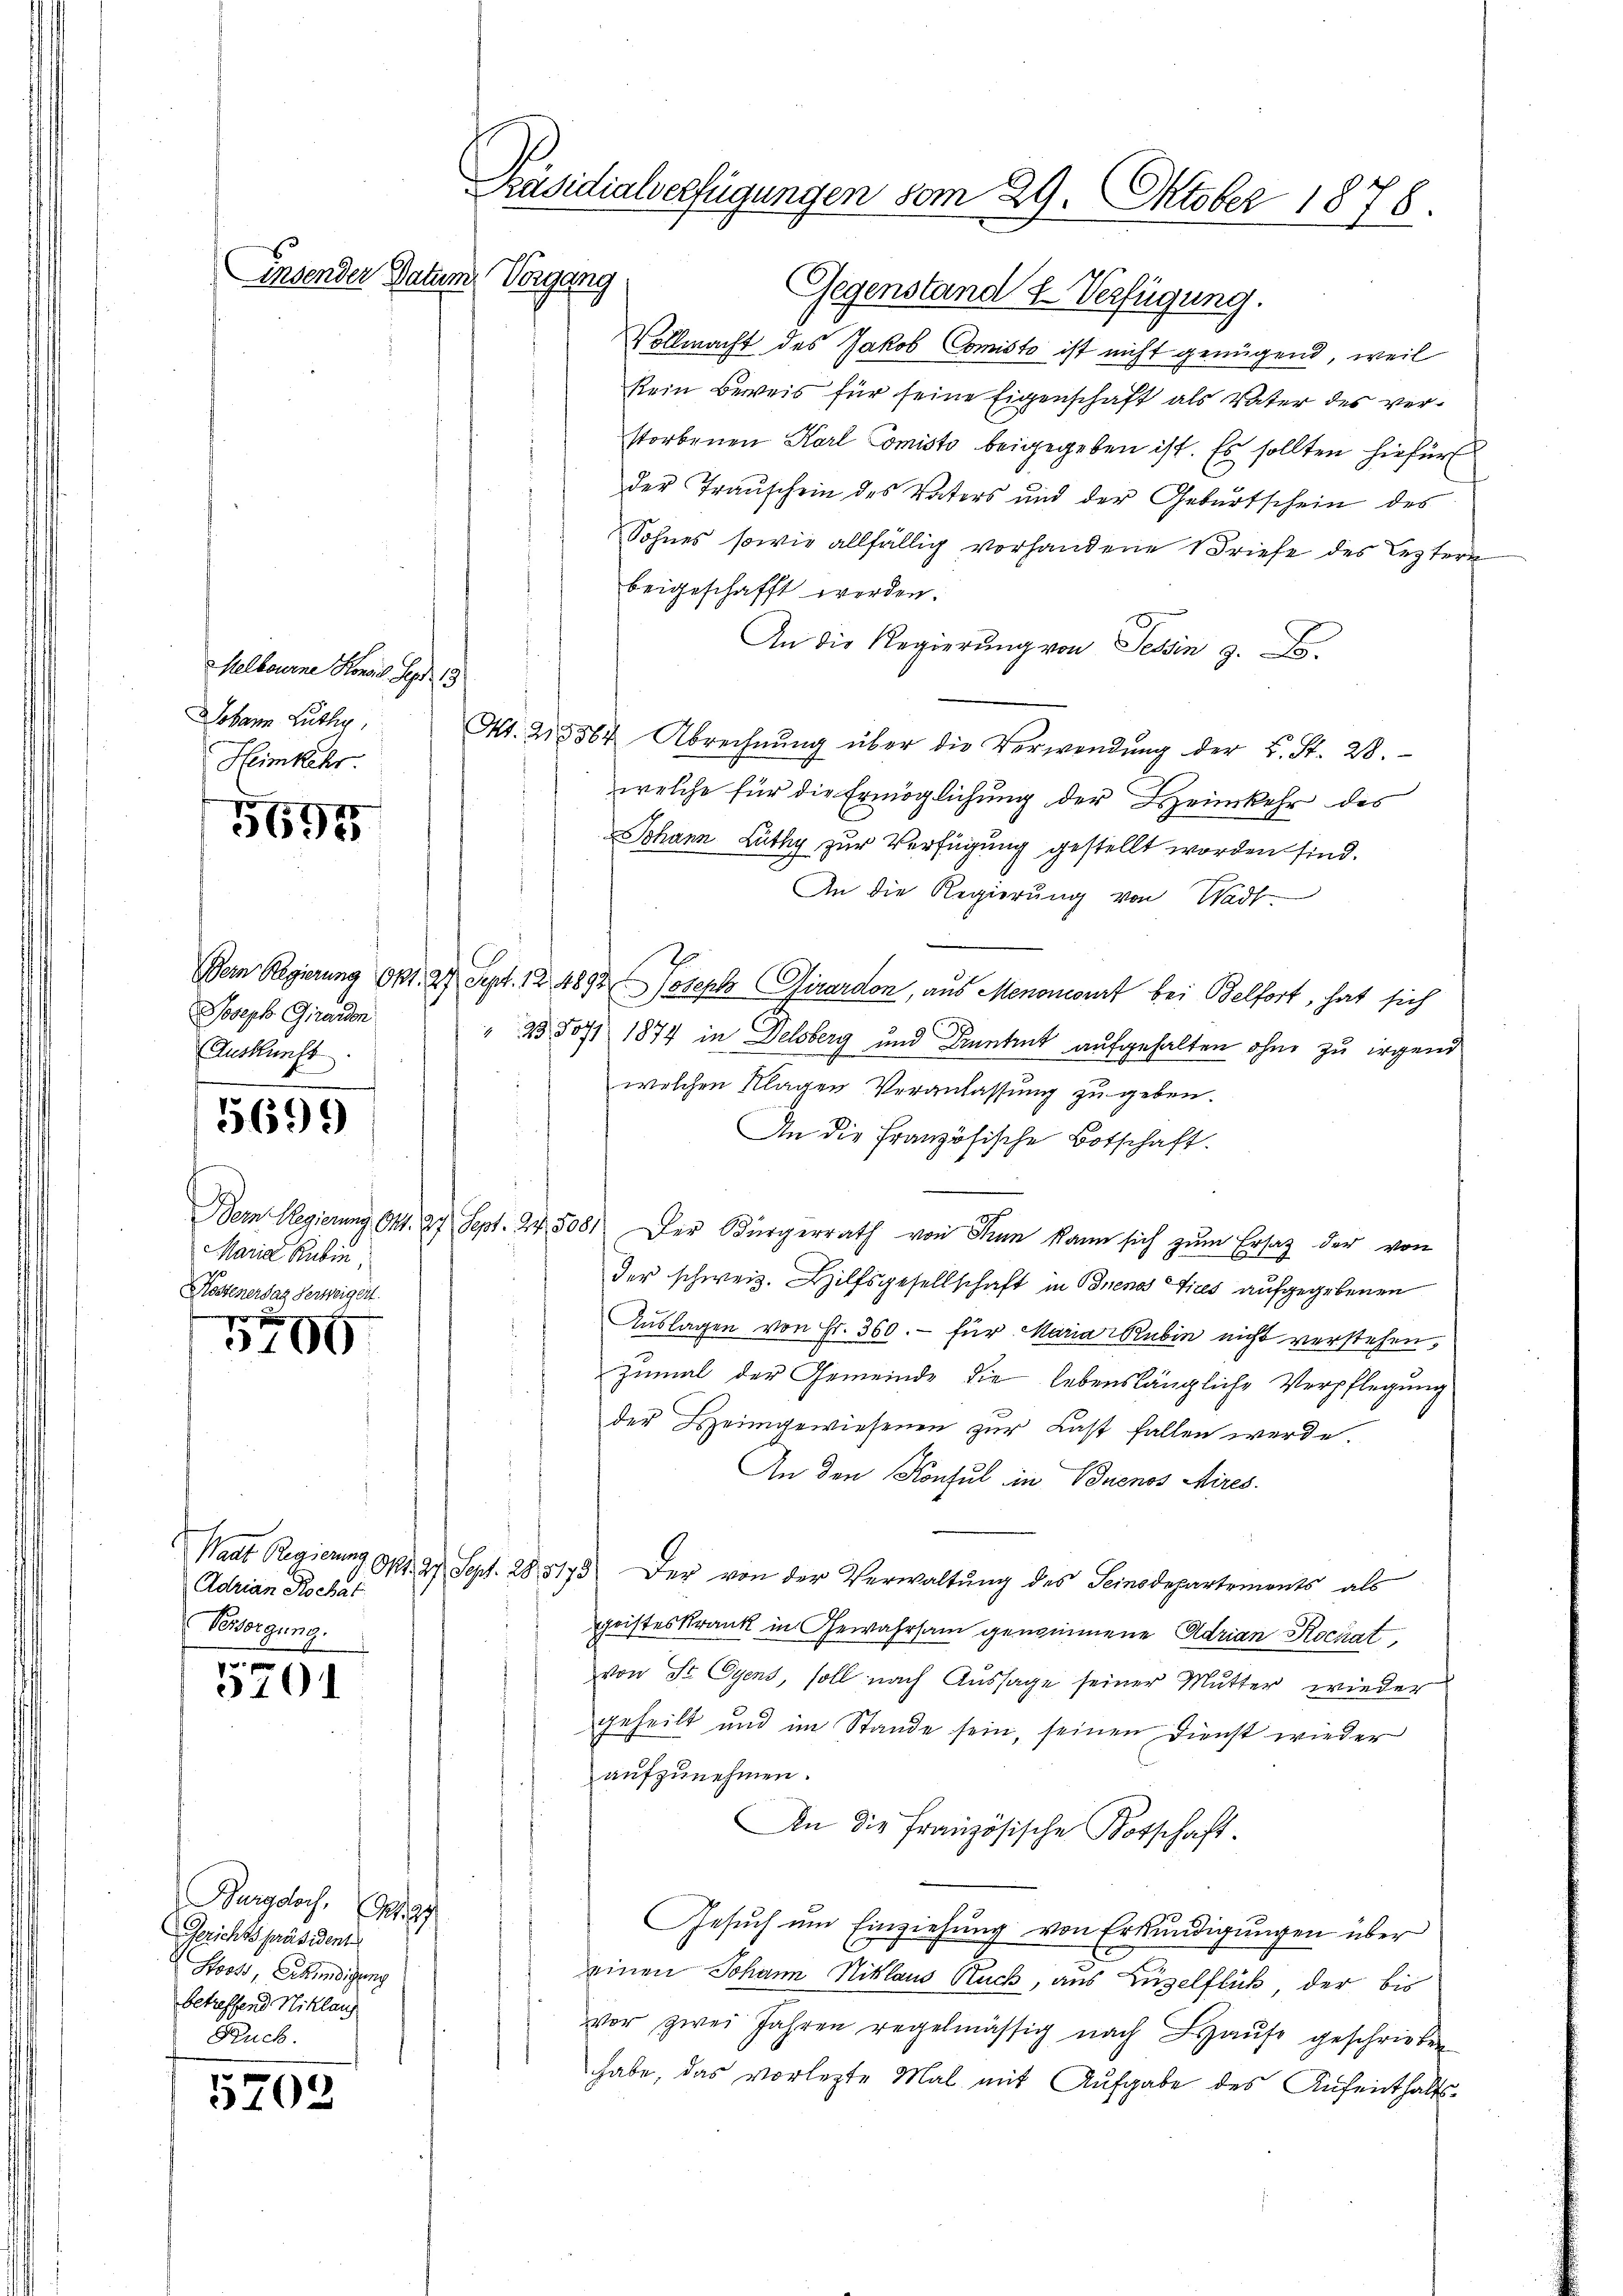
Ensender Datum Vorgang

MMelbourne Konsil. Sept. 13
Johann Luthig,
Heimkehr.

5695

Joseph Girardon
Auskunft

5699

Maria Rubin,
Kostener daz verweigent
e

5700

Adrian Rochat
Versorgung.
n

5101

Burgsloch, Sigg
Gerichtspräsident
Hooss, Erkundigung
betreffend Niklaus
Ruck.

5202

Präsidialverfügungen vom 29. Oktober 1878.

Gegenstand u. Verfügung.
Vollmacht des Jakob Comisto ist nicht genügend, weil
kein Beweis für seine Eigenschaft als Vater des verstorbenen Karl Comisto beigegeben ist. Es sollten hiefür
der Trauschein des Vaters und der Geburtschein des
Sohnes sowie allfällig vorhandene Briefe des Leztern
beigeschafft werden.
An die Regierŭng von Tessin 9.
Art. 218 884 Abrechnŭng über die Verwendŭng der L. St. 28.
welche für die Ermöglichung der Heimkehr des
Johann Lüthy zur Verfügung gestellt worden sind.
An die Regierung von Wad
Bern Regierung Okt. 24 Sept. 12. 4892 Joseph Girardon, aus Menoncourt bei Belfort, hat sich
" 23, 5071 1874 in Delsberg und Pruntrut aufgehalten ohne zu irgend
welchen Klagen Veranlassung zu geben.
An die französische Botschaft.
Bern Regierung Ort. 27 Sept. 24. 5081. Der Bürgerrath von Sinn kann sich zum Ersatz der von
der schweiz. Hilfsgesellschaft in Buenos Aires aufgegebenen
Aŭslagen von Fr. 360.- für Maria Rubin nicht verstehen,
zumal der Gemeinde die lebenslängliche Verpflegung
der Heimgewiesenen zur Last fallen werde.
An den Konsul in Buenos Aires.
Waat Regierung Nr. 27. Sept. 285173) Der von der Verwaltung des Seinodepartements als
hristeskrank in Gewahrsam genommene Adrian Rochat
von St. Gyens, soll nach Aussage seiner Mutter wieder
geheilt und im Stande sein, seinen Dienst wieder
aufzunehmen.
An die Französische Kotschaft.
Gesŭch ŭm Einziehŭng von Erkŭndigŭngen über
einen Johann Niklaus Stuck, aus Luzelflück, der bis
vor zwei Jahren regelmässig nach Haŭse geschrieben
habe, das vorletzte Mal mit Aufgabe des Aufenthalts¬